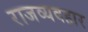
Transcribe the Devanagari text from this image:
राजव्यवहार